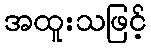
အထူးသဖြင့်